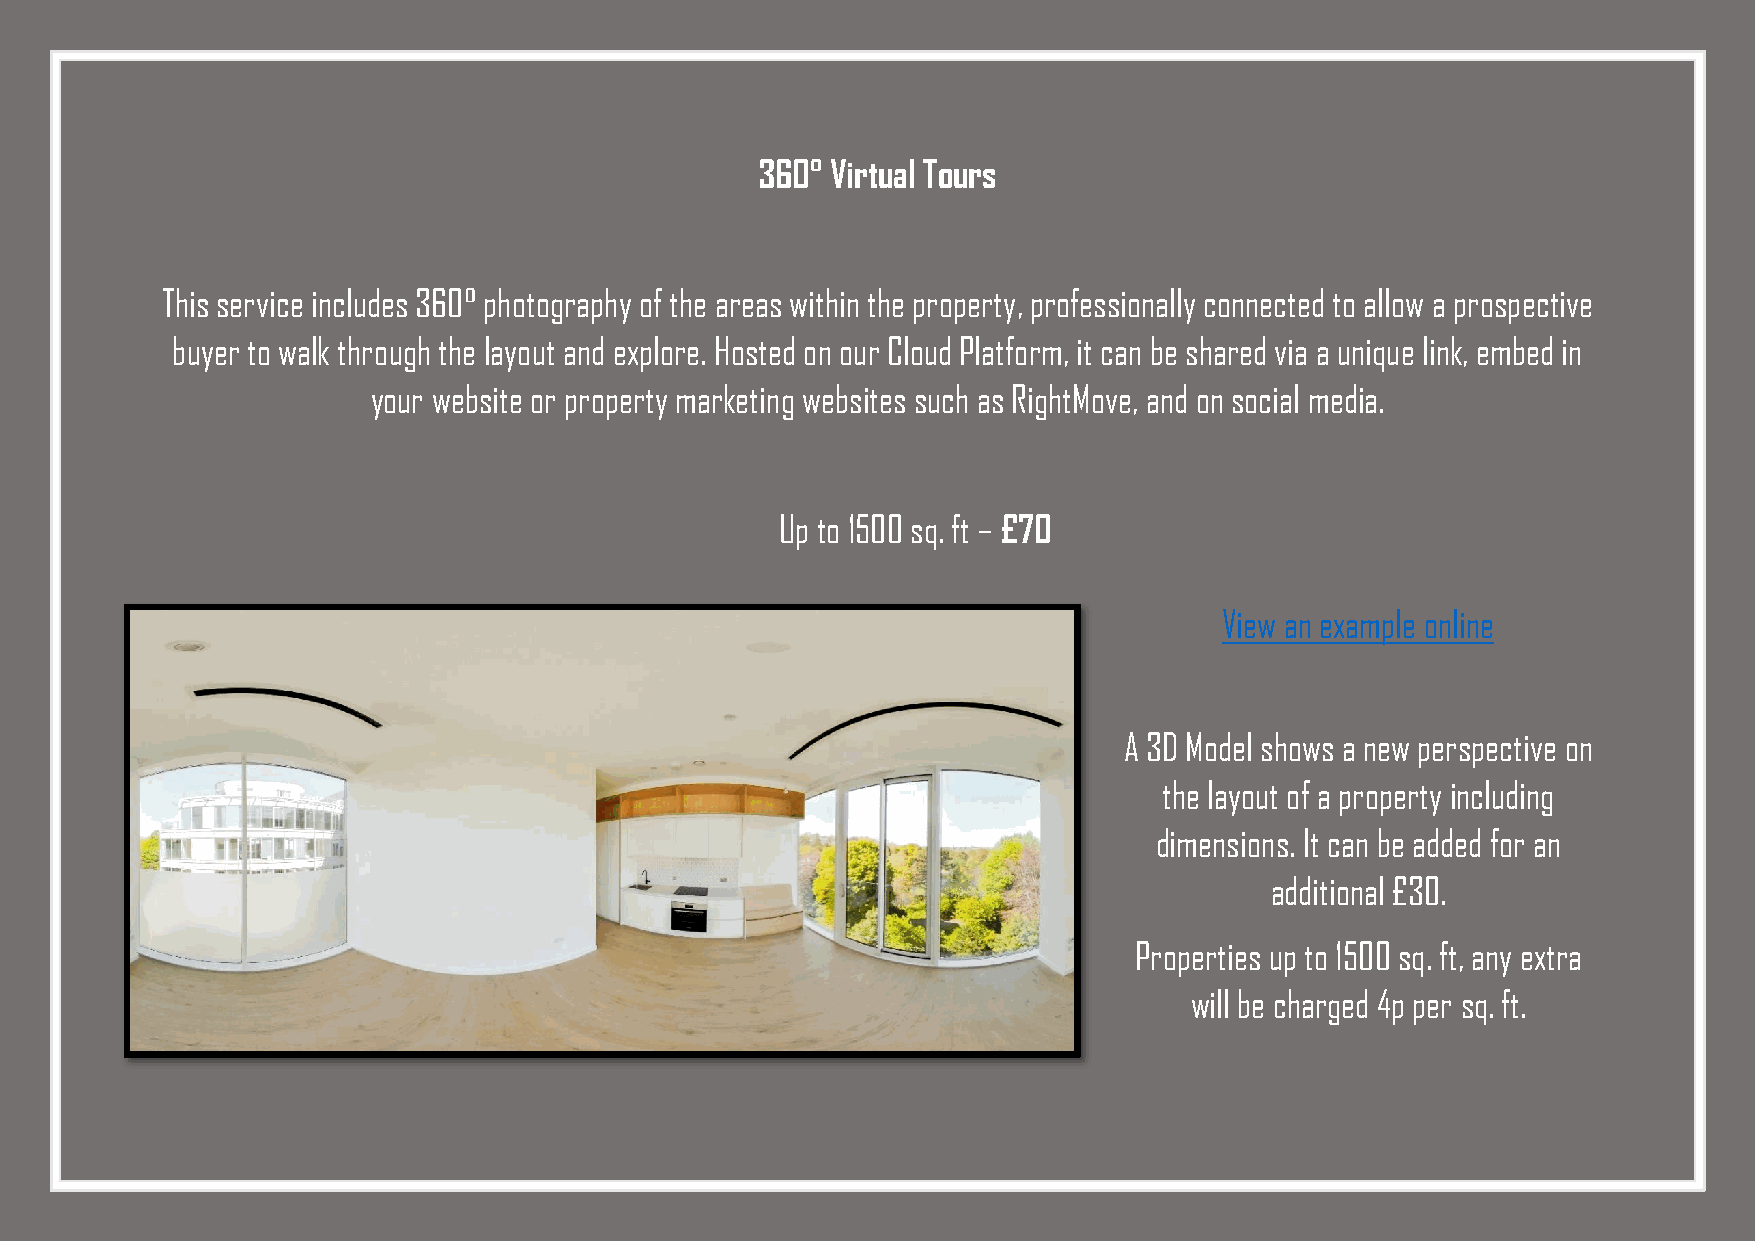
360° Virtual Tours
 This service includes 360° photography of the areas within the property, professionally connected to allow a prospective
 buyer to walk through the layout and explore. Hosted on our Cloud Platform, it can be shared via a unique link, embed in
 your website or property marketing websites such as RightMove, and on social media.
 Up to 1500 sq. ft – £70
 View an example online
 A 3D Model shows a new perspective on
 the layout of a property including
 dimensions. It can be added for an
 additional £30.
 Properties up to 1500 sq. ft, any extra
 will be charged 4p per sq. ft.